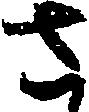
さ